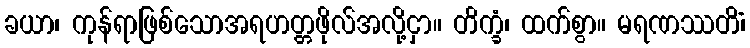
ခယာ၊ ကုန်ရာဖြစ်သောအရဟတ္တဖိုလ်အလို့ငှာ။ တိက္ခံ၊ ထက်စွာ။ မရဏဿတိံ၊